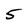
Character: 5